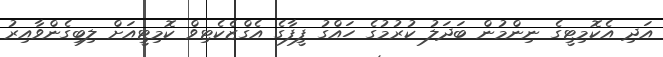
އަދި އެކޮމިޓީގެ ނިންމުން ބަދަލު ކުރުމުގެ ހައްގު ފީފާގެ އެގްޒެކެޓިވް ކޮމިޓީއަށް ލިބިގެންވާއިރު